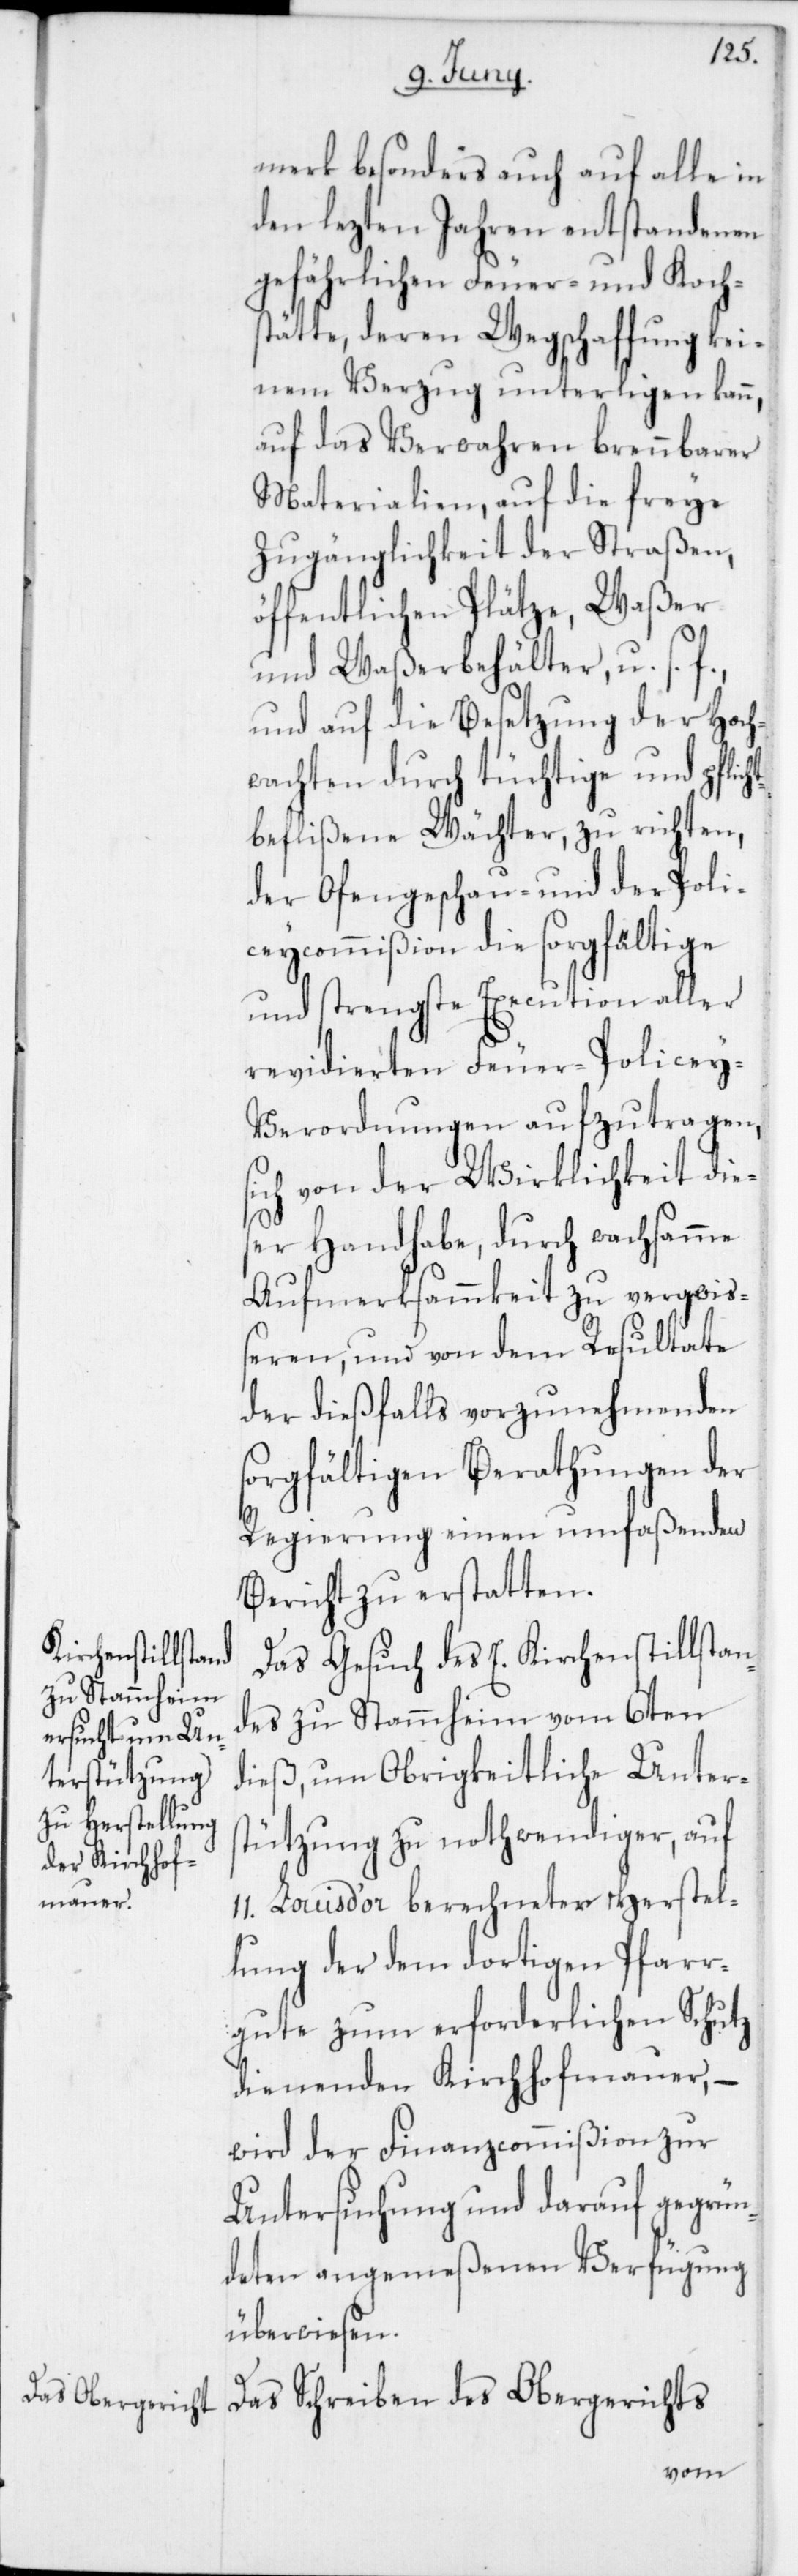
dies¬
merk besonders auch auf alle in
den lezten Jahren entstandenen
gefährlichen Feuer- und Kochs¬
tätte, deren Wegschaffung kei¬
nem Verzug unterligen kann,
auf das Verwahren brennbarer
Materialien, auf die freye
Zugänglichkeit der Straßen,
öffentlichen Plätze, Waßer-
und Waßerbehälter u. s.
und auf die Besetzung der Hoch¬
wachten durch tüchtige und pflich¬
tbeflißene Wächter, zu richten,
der Ofengeschau- und der Poli¬
zeycommißion die sorgfältige
und strengste Execution aller
revidierten Feuer-Policey-V¬
erordnungen aufzutragen,
ich von der Wirklichkeit
er Handhabe, durch wachsamme
Aufmerksammkeit zu vergewi¬
ßeren, und von dem Resultate
der dießfalls vorzunehmenden
sorgfältigen Berathungen der
Regierung einen umfaßenden
Bericht zu erstatten.
Das Gesuch des E. Kirchenstillstan¬
des zu Stammheim vom 6ten
dieß, um Obrigkeitliche Unter¬
stützung zu nothwendiger, auf
11. Louis d’or berechneter Herstel¬
lung der dem dortigen Pfarr¬
gute zum erforderlichen Schutz
dienenden Kirchhofmauer, –
wird der Finanzcommißion zur
Untersuchung und darauf gegrün¬
deten angemeßenen Verfügung
überwiesen.
Das Schreiben des Obergerichts